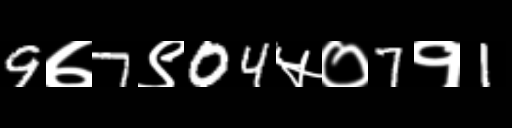
Text: 9७7९04५०7१1